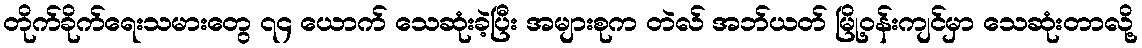
တိုက်ခိုက်ရေးသမားတွေ ၇၄ ယောက် သေဆုံးခဲ့ပြီး အများစုက တဲလ် အဘ်ယတ် မြို့ဝန်းကျင်မှာ သေဆုံးတာလို့